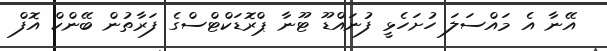
އޭނާ އެ މައްސަލަ ހުށަހެޅީ ފުނައްޑޫ ޓޫނާ ޕްރޮޑަކްޓްސްގެ ފަރާތުން ބޭންކް އޮފް